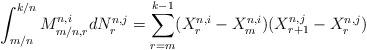
LaTeX: \begin{align*}\int_{m/n}^{k/n} M^{n,i}_{m/n, r} dN^{n,j}_r = \sum_{r=m}^{k-1} (X^{n,i}_{r}-X^{n,i}_{m}) (X^{n,j}_{r+1} - X^{n,j}_{r})\end{align*}